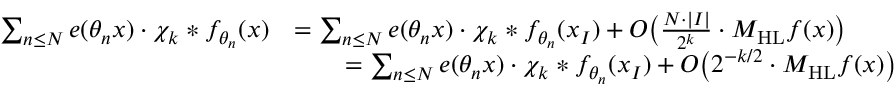
\begin{array} { r l } { \sum _ { n \leq N } e ( \theta _ { n } x ) \cdot \chi _ { k } * f _ { \theta _ { n } } ( x ) } & { = \sum _ { n \leq N } e ( \theta _ { n } x ) \cdot \chi _ { k } * f _ { \theta _ { n } } ( x _ { I } ) + O \big ( \frac { { N } \cdot | I | } { 2 ^ { k } } \cdot M _ { \mathrm { H L } } f ( x ) \big ) } \\ & { \qquad = \sum _ { n \leq N } e ( \theta _ { n } x ) \cdot \chi _ { k } * f _ { \theta _ { n } } ( x _ { I } ) + O \big ( 2 ^ { - k / 2 } \cdot M _ { \mathrm { H L } } f ( x ) \big ) } \end{array}